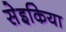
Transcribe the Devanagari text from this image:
सेइकिया